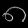
Digit: ၈